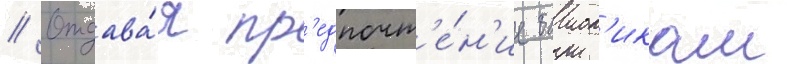
// Отдава́я пр'едпочт'е́н'ие баиоп'икам